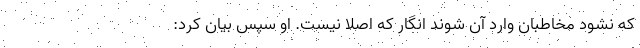
که نشود مخاطبان وارد آن شوند انگار که اصلا نیست. او سپس بیان کرد: